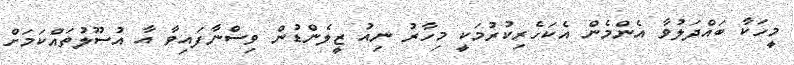
މީހަކާ ބައްދަލުވާ އެންމެން އެކަހެރިކުރުމަކީ މިހާރު ނިއު ޒީލެންޑުން ވިސްނާފައިވާ އާ އުސޫލުތައްކަމަށް